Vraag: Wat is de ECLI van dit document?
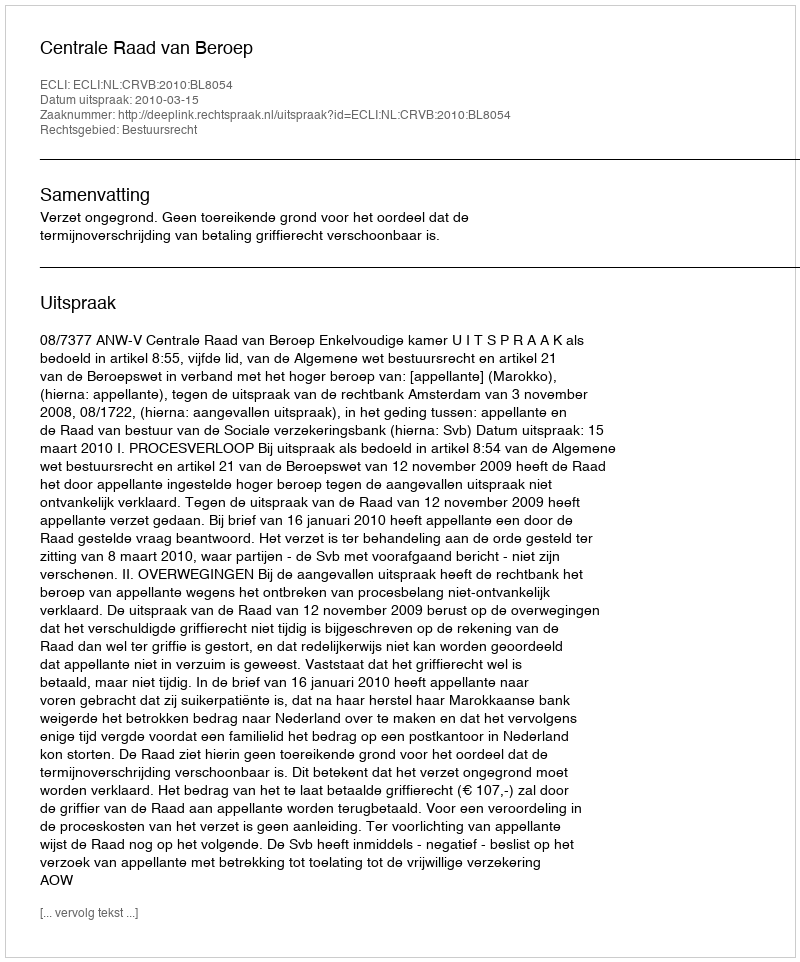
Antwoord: ECLI:NL:CRVB:2010:BL8054